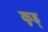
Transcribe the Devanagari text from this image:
कूड्